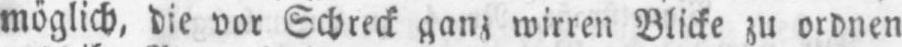
möglich, die vor Schreck ganz wirren Blicke zu ordnen